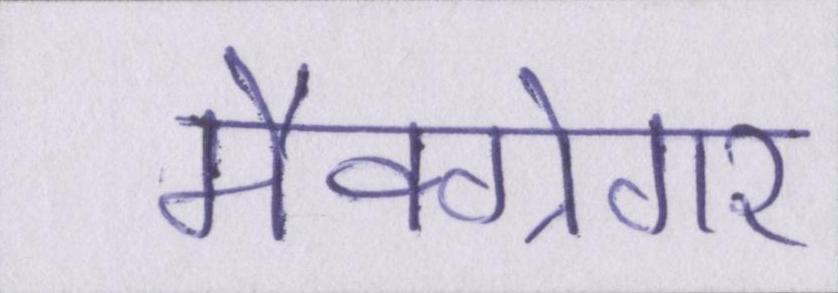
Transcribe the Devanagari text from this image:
मैक्ग्रेगर